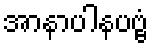
အာနာပါနပဗ္ဗံ